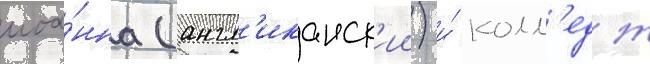
иоа́нна (англ'иканск'ии) и́ колл'едж